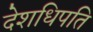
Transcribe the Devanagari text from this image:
देशधिपति